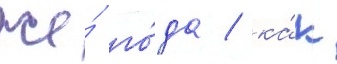
же́ го́да / ка́к